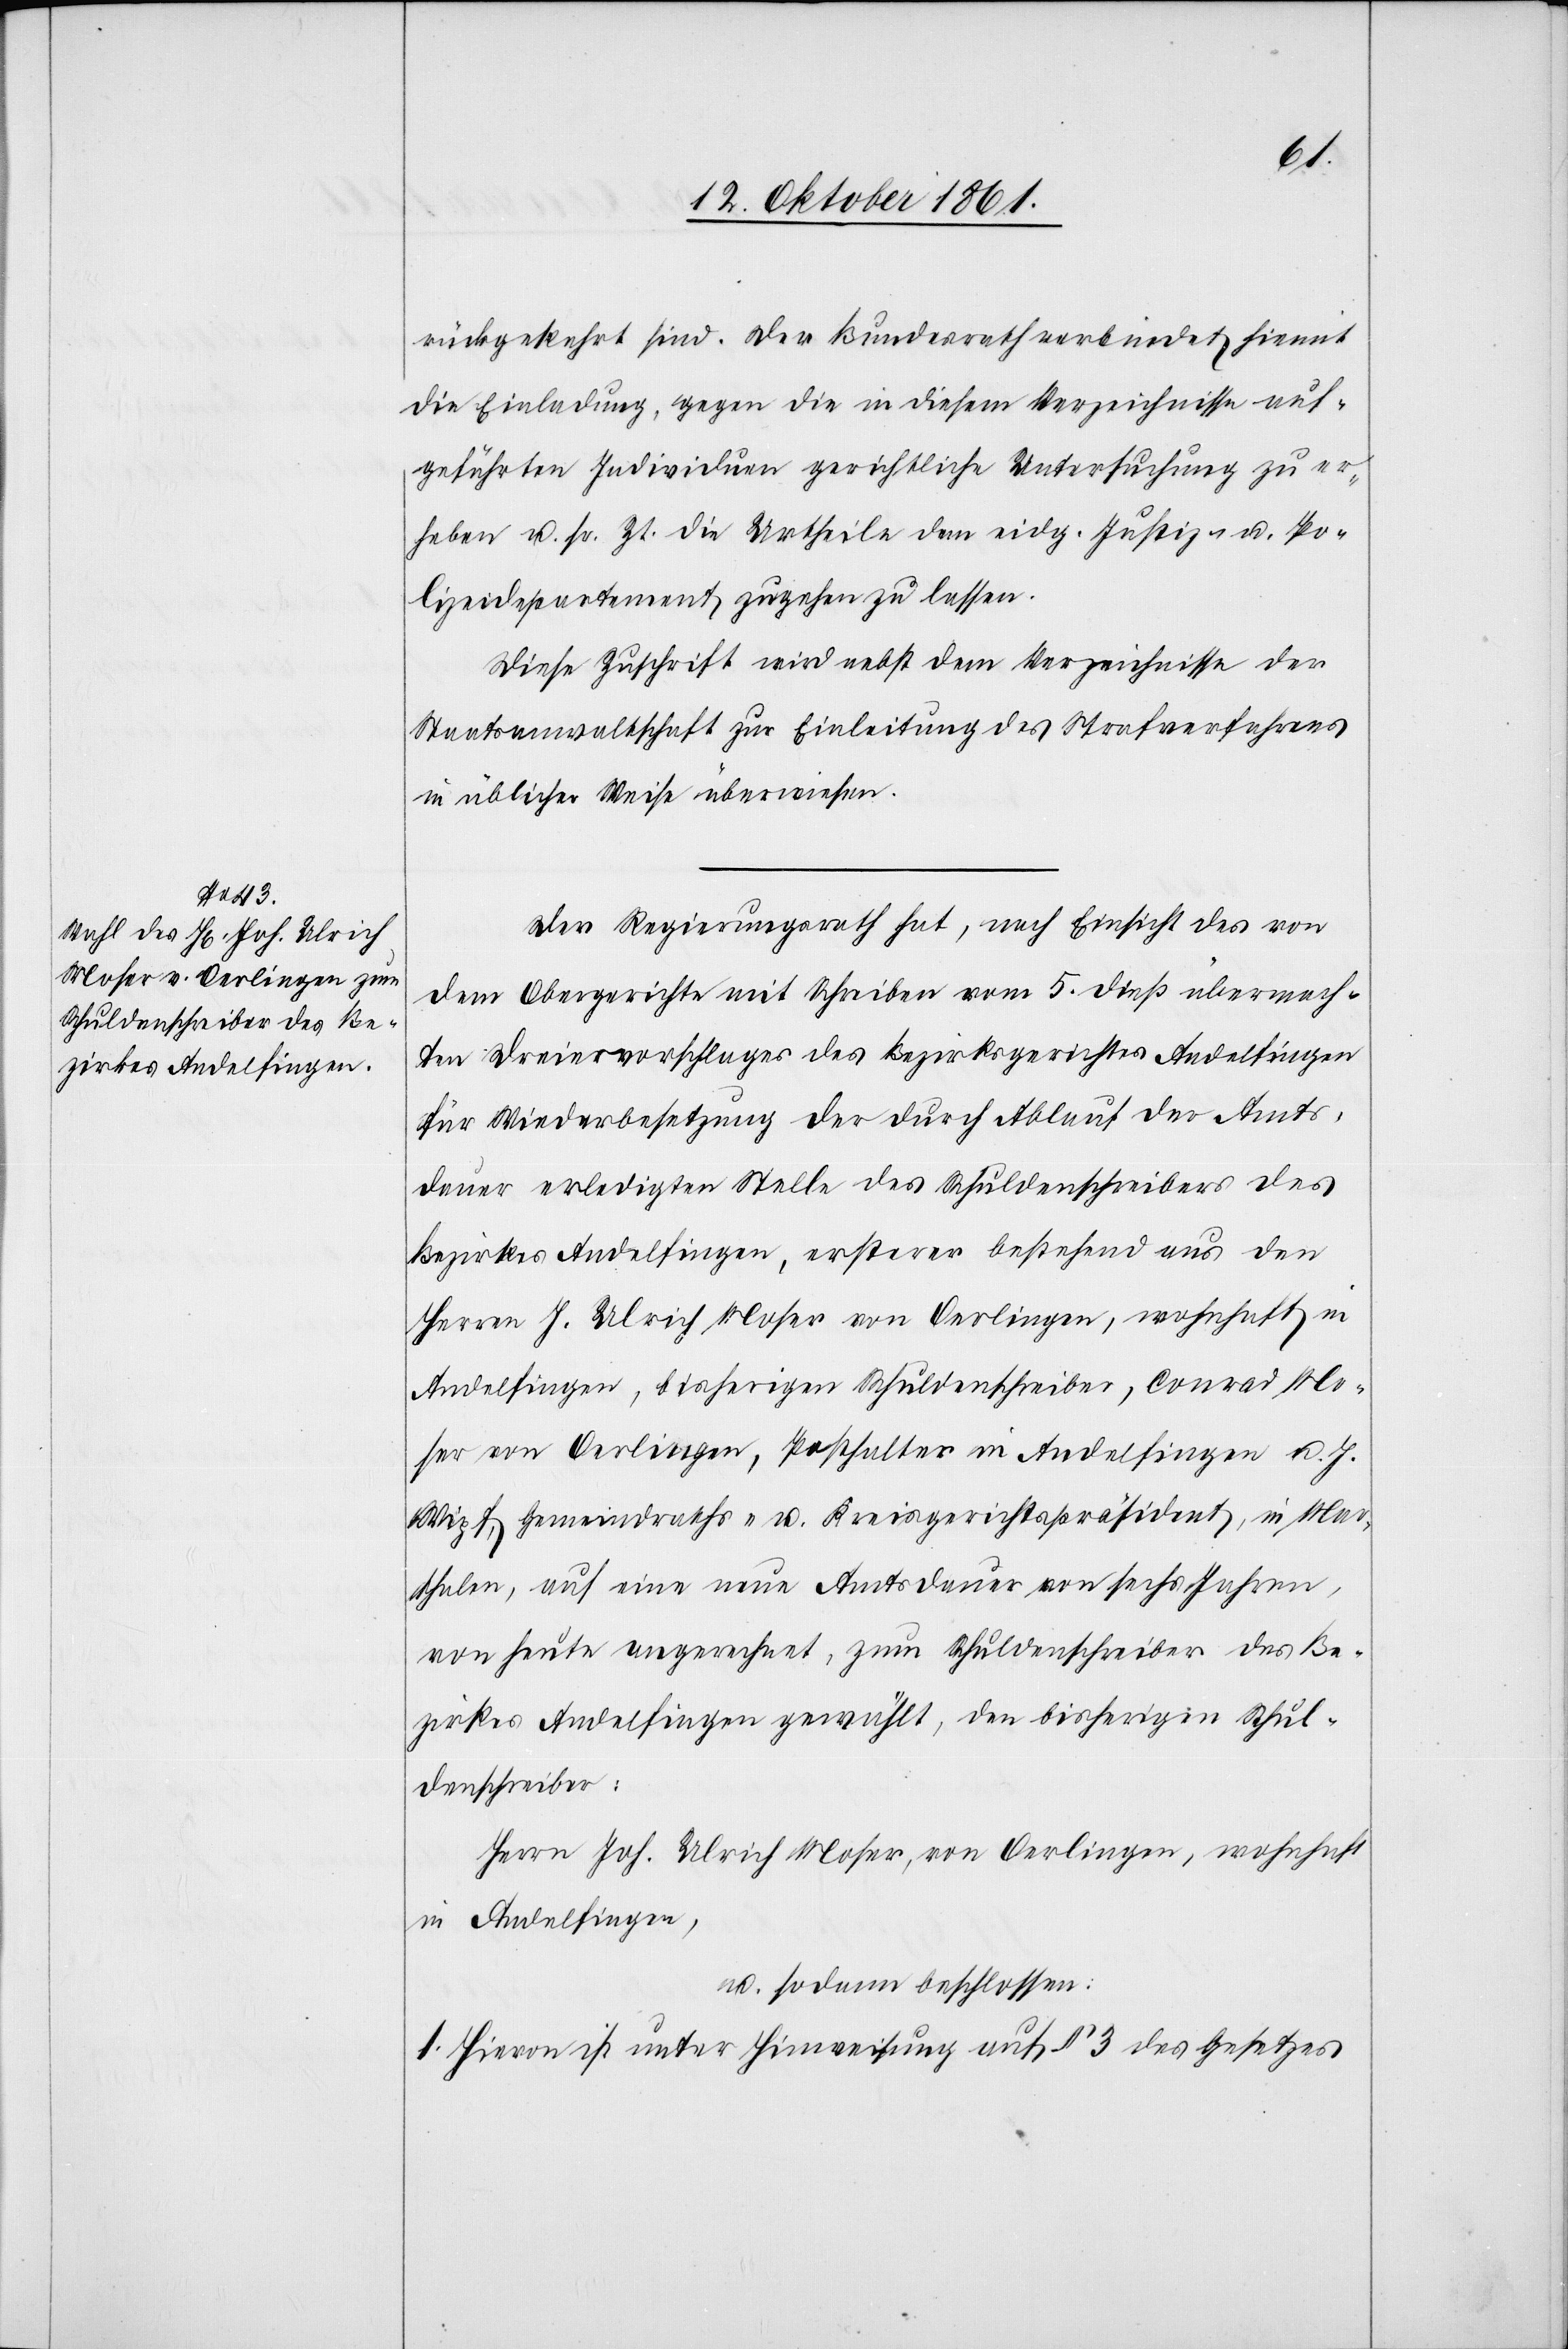
rückgekehrt sind. Der Bundesrath verbindet hiemit
die Einladung, gegen die in diesem Verzeichnisse auf¬
geführten Individuen gerichtliche Untersuchung zu er¬
heben u. sr. Zt. die Urtheile des eidg. Justiz- u. Po¬
lizeidepartement zugehen zu lassen.
Diese Zuschrift wird nebst dem Verzeichnisse der
Staatsanwaltschaft zur Einleitung des Strafverfahrens
in üblicher Weise überwiesen.
Der Regierungsrath hat, nach Einsicht eines des von
dem Obergerichte mit Schreiben vom 5 dieß übermach¬
ten Dreiervorschlages des Bezirksgerichtes Andelfingen
für Wiederbesetzung der durch Ablauf der Amts¬
dauer erledigten Stelle des Schuldenschreibers des
Bezirkes Andelfingen, ersterer bestehend aus den
Herrn J. Ulrich Moser von Oerlingen, wohnhaft in
Andelfingen, bisherigen Schuldenschreiber, Conrad Mo¬
ser von Oerlingen, Posthalter in Andelfingen u. J.
Wipf, Gemeindraths- u. Kreisgerichtspräsident, in Mar¬
thalen, auf eine neue Amtsdauer von sechs Jahren,
von heute angerechnet, zum Schuldentreiber des Be¬
zirkes Andelfingen gewählt, den bisherigen Schul¬
denschreiber:
Herrn Joh. Ulrich Moser, von Oerlingen, wohnhaft
in Andelfingen,
u. sodann beschlossen:
1. Hievon ist unter Hinweisung auf § 3 des Gesetzes